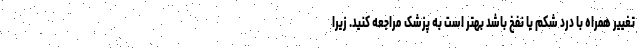
تغییر همراه با درد شکم یا نفخ باشد بهتر است به پزشک مراجعه کنید. زیرا